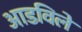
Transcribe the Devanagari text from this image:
आडविले